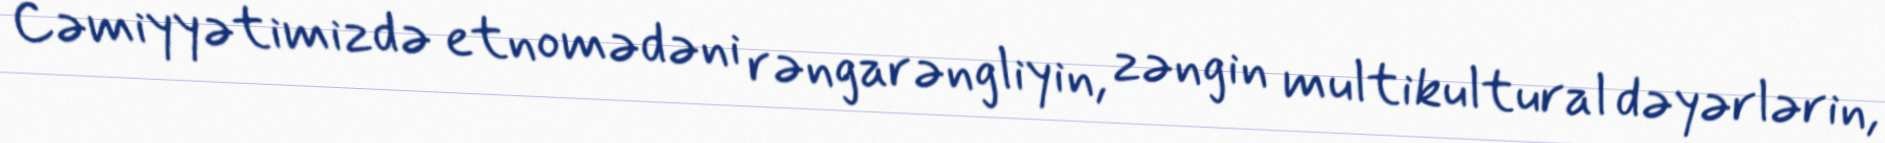
Cəmiyyətimizdə etnomədəni rəngarəngliyin, zəngin multikultural dəyərlərin,